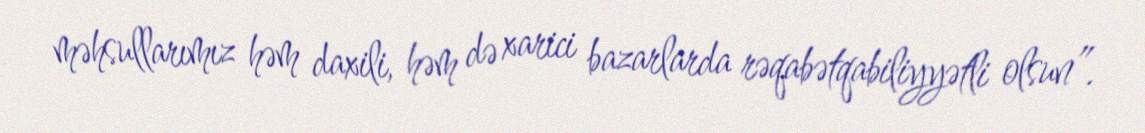
məhsullarımız həm daxili, həm də xarici bazarlarda rəqabətqabiliyyətli olsun”.